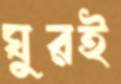
ঘুরই